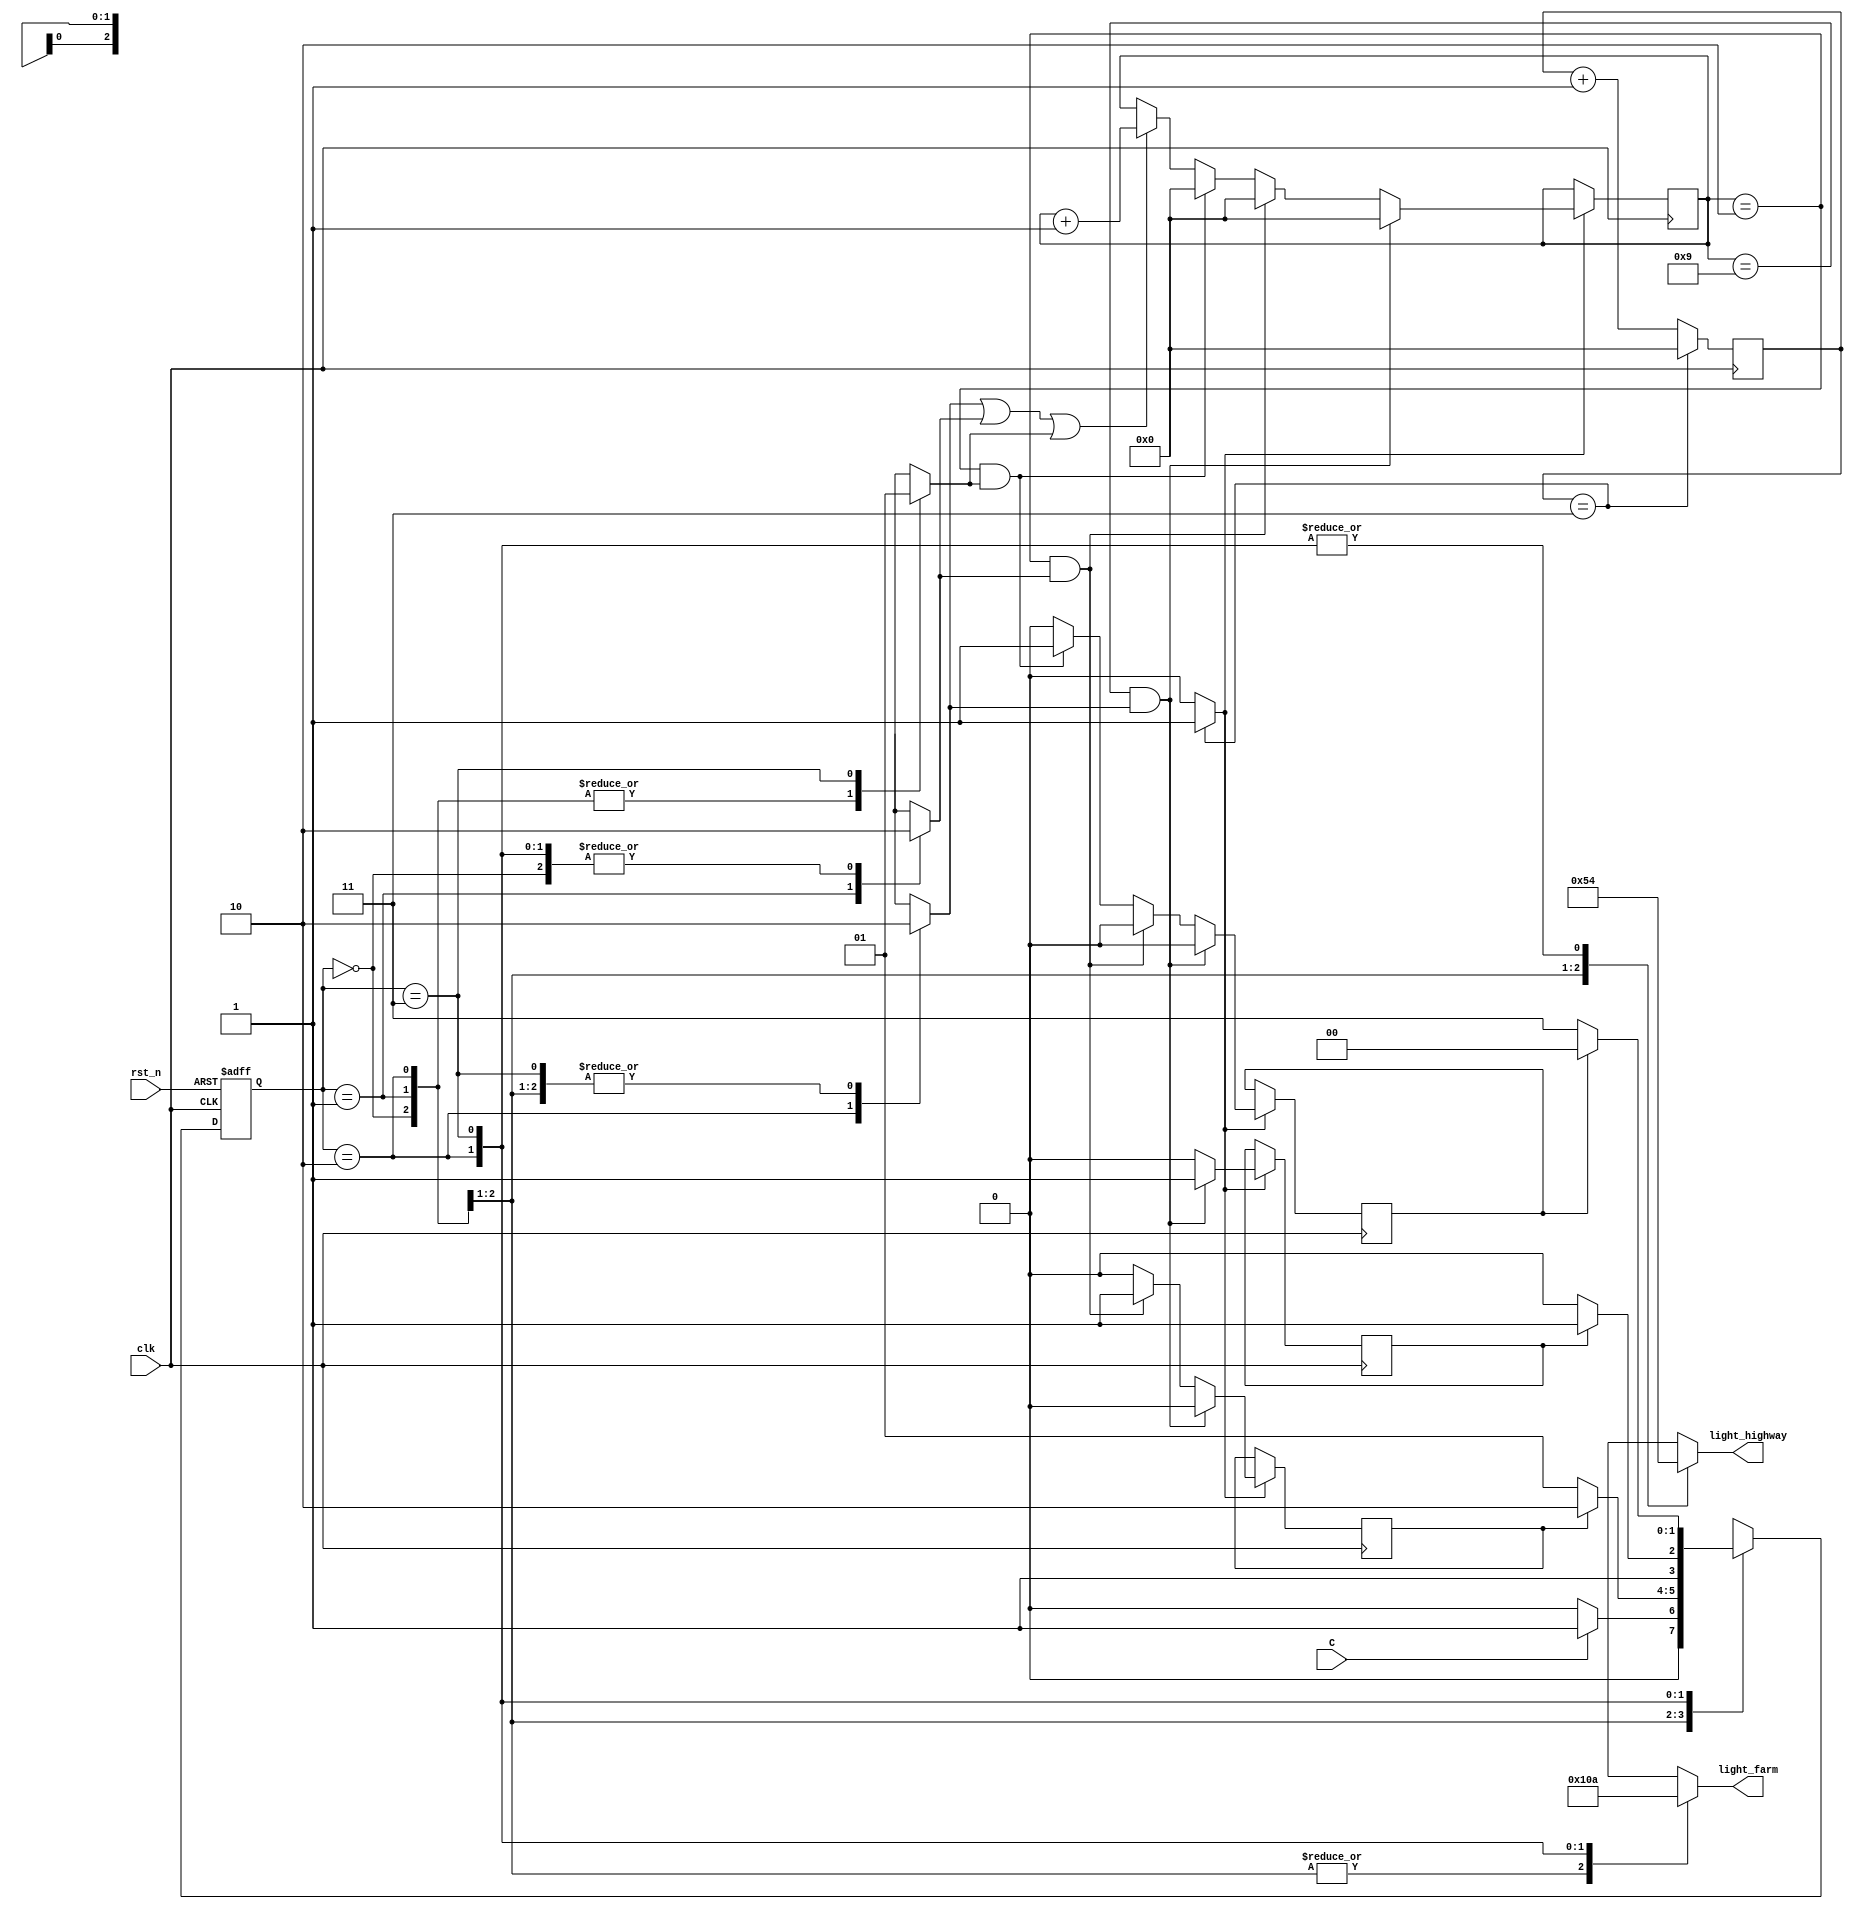
// fpga4student.com FPGA projects, VHDL projects, Verilog projects
// Verilog project: Verilog code for traffic light controller
module traffic_light(light_highway, light_farm, C, clk, rst_n);
parameter HGRE_FRED=2'b00, // Highway green and farm red
   HYEL_FRED = 2'b01,// Highway yellow and farm red
   HRED_FGRE=2'b10,// Highway red and farm green
   HRED_FYEL=2'b11;// Highway red and farm yellow
input C, // sensor
   clk, // clock = 50 MHz
   rst_n; // reset active low
output reg[2:0] light_highway, light_farm; // output of lights
// fpga4student.com FPGA projects, VHDL projects, Verilog projects
reg[27:0] count=0,count_delay=0;
reg delay10s=0, delay3s1=0,delay3s2=0,RED_count_en=0,YELLOW_count_en1=0,YELLOW_count_en2=0;
wire clk_enable; // clock enable signal for 1s
reg[1:0] state, next_state;
// next state
always @(posedge clk or negedge rst_n)
begin
if(~rst_n)
 state <= 2'b00;
else 
 state <= next_state; 
end
// FSM
always @(*)
begin
case(state)
HGRE_FRED: begin // Green on highway and red on farm way
 RED_count_en=0;
 YELLOW_count_en1=0;
 YELLOW_count_en2=0;
 light_highway = 3'b001;
 light_farm = 3'b100;
 if(C) next_state = HYEL_FRED; 
 // if sensor detects vehicles on farm road, 
 // turn highway to yellow -> green
 else next_state =HGRE_FRED;
end
HYEL_FRED: begin// yellow on highway and red on farm way
  light_highway = 3'b010;
  light_farm = 3'b100;
  RED_count_en=0;
 YELLOW_count_en1=1;
 YELLOW_count_en2=0;
  if(delay3s1) next_state = HRED_FGRE;
  // yellow for 3s, then red
  else next_state = HYEL_FRED;
end
HRED_FGRE: begin// red on highway and green on farm way
 light_highway = 3'b100;
 light_farm = 3'b001;
 RED_count_en=1;
 YELLOW_count_en1=0;
 YELLOW_count_en2=0;
 if(delay10s) next_state = HRED_FYEL;
 // red in 10s then turn to yello -> green again for high way
 else next_state =HRED_FGRE;
end
HRED_FYEL:begin// red on highway and yellow on farm way
 light_highway = 3'b100;
 light_farm = 3'b010;
 RED_count_en=0;
 YELLOW_count_en1=0;
 YELLOW_count_en2=1;
 if(delay3s2) next_state = HGRE_FRED;
 // turn green for highway, red for farm road
 else next_state =HRED_FYEL;
end
default: next_state = HGRE_FRED;
endcase
end
// fpga4student.com FPGA projects, VHDL projects, Verilog projects
// create red and yellow delay counts
always @(posedge clk)
begin
if(clk_enable==1) begin
 if(RED_count_en||YELLOW_count_en1||YELLOW_count_en2)
  count_delay <=count_delay + 1;
  if((count_delay == 9)&&RED_count_en) 
  begin
   delay10s=1;
   delay3s1=0;
   delay3s2=0;
   count_delay<=0;
  end
  else if((count_delay == 2)&&YELLOW_count_en1) 
  begin
   delay10s=0;
   delay3s1=1;
   delay3s2=0;
   count_delay<=0;
  end
  else if((count_delay == 2)&&YELLOW_count_en2) 
  begin
   delay10s=0;
   delay3s1=0;
   delay3s2=1;
   count_delay<=0;
  end
  else
  begin
   delay10s=0;
   delay3s1=0;
   delay3s2=0;
  end 
 end
end
// create 1s clock enable 
always @(posedge clk)
begin
 count <=count + 1;
 //if(count == 50000000) // 50,000,000 for 50 MHz clock running on real FPGA
 if(count == 3) // for testbench
  count <= 0;
end
 assign clk_enable = count==3 ? 1: 0; // 50,000,000 for 50MHz running on FPGA
endmodule